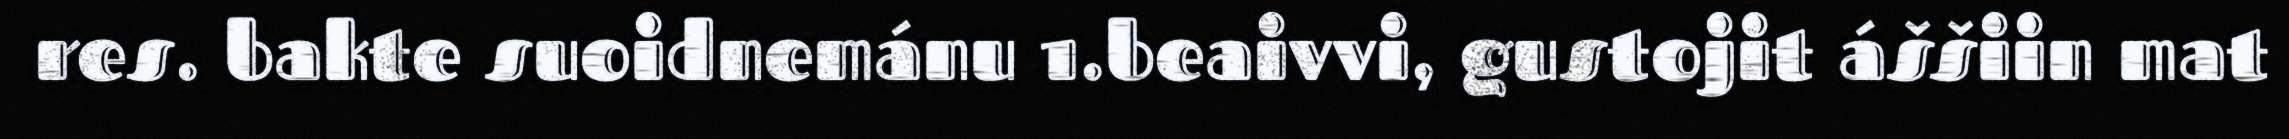
res. bakte suoidnemánu 1.beaivvi, gustojit áššiin mat